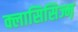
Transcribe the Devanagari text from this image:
क्लासिसिज्म़